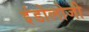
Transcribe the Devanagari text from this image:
इंडोलोजी